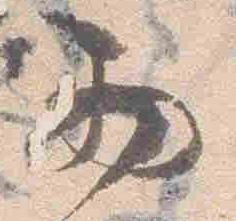
西